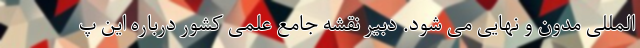
المللی مدون و نهایی می شود. دبیر نقشه جامع علمی کشور درباره این پ